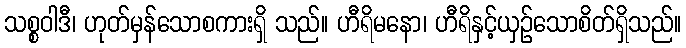
သစ္စဝါဒီ၊ ဟုတ်မှန်သောစကားရှိ သည်။ ဟီရိမနော၊ ဟီရိနှင့်ယှဉ်သောစိတ်ရှိသည်။